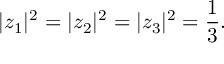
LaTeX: | z _ { 1 } | ^ { 2 } = | z _ { 2 } | ^ { 2 } = | z _ { 3 } | ^ { 2 } = \frac { 1 } { 3 } .